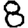
Digit: 8